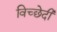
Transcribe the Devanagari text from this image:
विच्छेदी